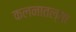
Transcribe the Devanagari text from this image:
कलनातल्या